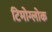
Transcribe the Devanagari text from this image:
टिमोग्लोक